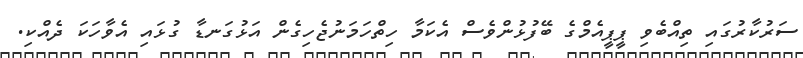
ސަރުކާރުގައި ތިއްބެވި ޕީޕީއެމްގެ ބޭފުޅުންވެސް އެކަމާ ހިތްހަމަނުޖެހިގެން އަޅުގަނޑާ ގުޅައި އެވާހަކަ ދެއްކި.